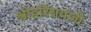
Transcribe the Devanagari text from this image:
श्रीहरिरायजी